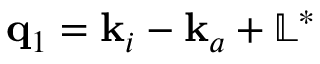
\mathbf { q } _ { 1 } = \mathbf { k } _ { i } - \mathbf { k } _ { a } + \mathbb { L } ^ { * }